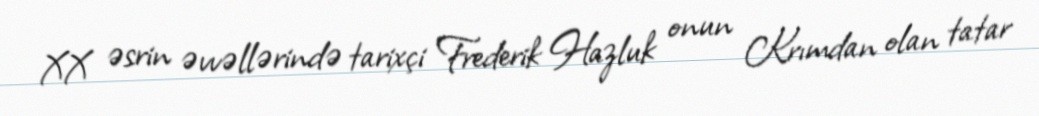
XX əsrin əvvəllərində tarixçi Frederik Hazluk onun Krımdan olan tatar